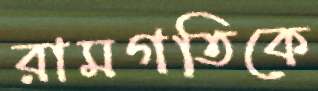
রামগতিকে